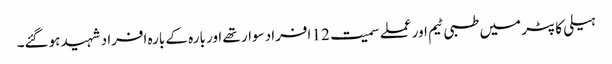
ہیلی کاپٹر میں طبی ٹیم اور عملے سمیت 12 افراد سوار تھے اور بارہ کے بارہ افراد شہید ہوگئے۔